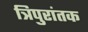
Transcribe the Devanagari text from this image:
त्रिपुरांतक